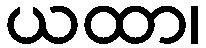
ယထာ၊